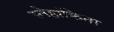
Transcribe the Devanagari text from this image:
स्नेहांकिता